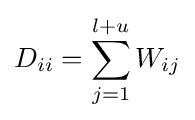
D_{ii}=\sum _{j=1}^{l+u}W_{ij}